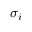
\sigma _ { i }